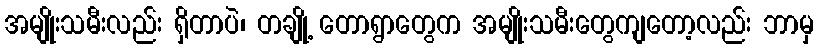
အမျိုးသမီးလည်း ရှိတာပဲ၊ တချို့ တောရွာတွေက အမျိုးသမီးတွေကျတော့လည်း ဘာမှ